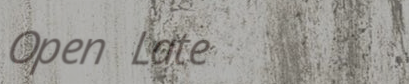
Open Late